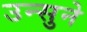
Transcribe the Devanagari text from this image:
उन्सुने